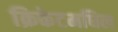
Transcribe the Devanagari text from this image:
क्रिकेटमधिल